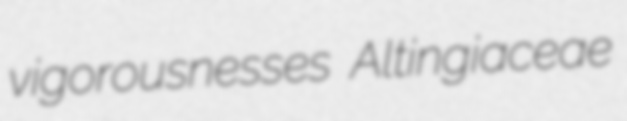
vigorousnesses Altingiaceae